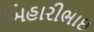
બિહારીભાઇ